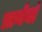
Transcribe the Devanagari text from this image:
प्रार्थनां